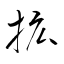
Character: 拡